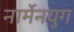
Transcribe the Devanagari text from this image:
नार्मेनयुग